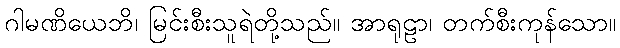
ဂါမဏိယေဘိ၊ မြင်းစီးသူရဲတို့သည်။ အာရုဠာ၊ တက်စီးကုန်သော။